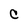
Character: C